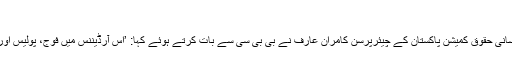
‘
تاہم نواز حکومت اس آرڈیننس کو اہم مانتی ہے اور بعض قانونی ماہرین بھی اس کے حق میں ہیں لیکن انسانی حقوق کمیشن پاکستان کے چیئرپرسن کامران عارف نے بی بی سی سے بات کرتے ہوئے کہا: ’اس آرڈیننس میں فوج، پولیس اور دیگر سکیورٹی فورسز کی مشترکہ تحقیقات دراصل نظام انصاف فوج کے حوالے کرنے کے برابر ہے۔